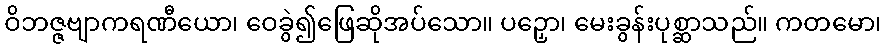
ဝိဘဇ္ဇဗျာကရဏီယော၊ ဝေခွဲ၍ဖြေဆိုအပ်သော။ ပဉှော၊ မေးခွန်းပုစ္ဆာသည်။ ကတမော၊